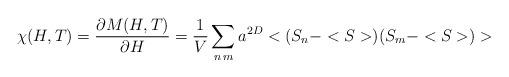
LaTeX: \begin{align*}\chi(H,T)=\frac{\partial M(H,T)}{\partial H} = \frac{1}{V} \sum_{n\, m} a^{2D}<(S_n-<S>) (S_m - <S>)>\end{align*}